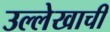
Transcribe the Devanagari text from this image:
उल्लेखाची